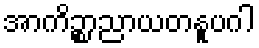
အာကိဉ္စာညာယတနူပဂါ